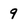
Character: 9